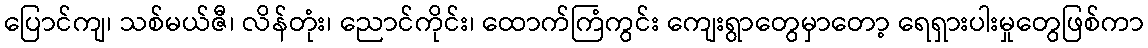
ပြောင်ကျ၊ သစ်မယ်ဇီ၊ လိန်တုံး၊ ညောင်ကိုင်း၊ ထောက်ကြံကွင်း ကျေးရွာတွေမှာတော့ ရေရှားပါးမှုတွေဖြစ်ကာ